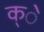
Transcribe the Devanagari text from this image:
क्े